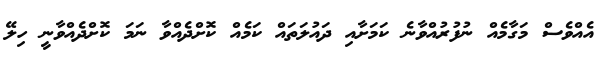
އެއްވެސް މަގާމެއް ނުފުރުއްވާނެ ކަމަށާއި ދައުލަތައް ކަމެއް ކޮށްދެއްވާ ނަމަ ކޮށްދެއްވާނީ ހިލޭ